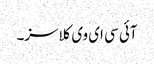
آئی سی ای وی کلاسز۔